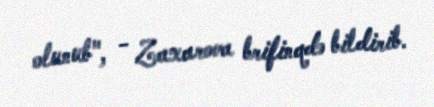
olunub", - Zaxarova brifinqdə bildirib.